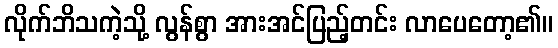
လိုက်ဘိသကဲ့သို့ လွန်စွာ အားအင်ပြည့်တင်း လာပေတော့၏။